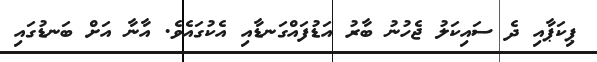
ޕިކަޕާއި ދެ ސައިކަލު ޖެހުނު ބާރު އަޑުފައްގަނޑާއި އެކުގައެވެ. އާނާ އަށް ބަނޑުގައި